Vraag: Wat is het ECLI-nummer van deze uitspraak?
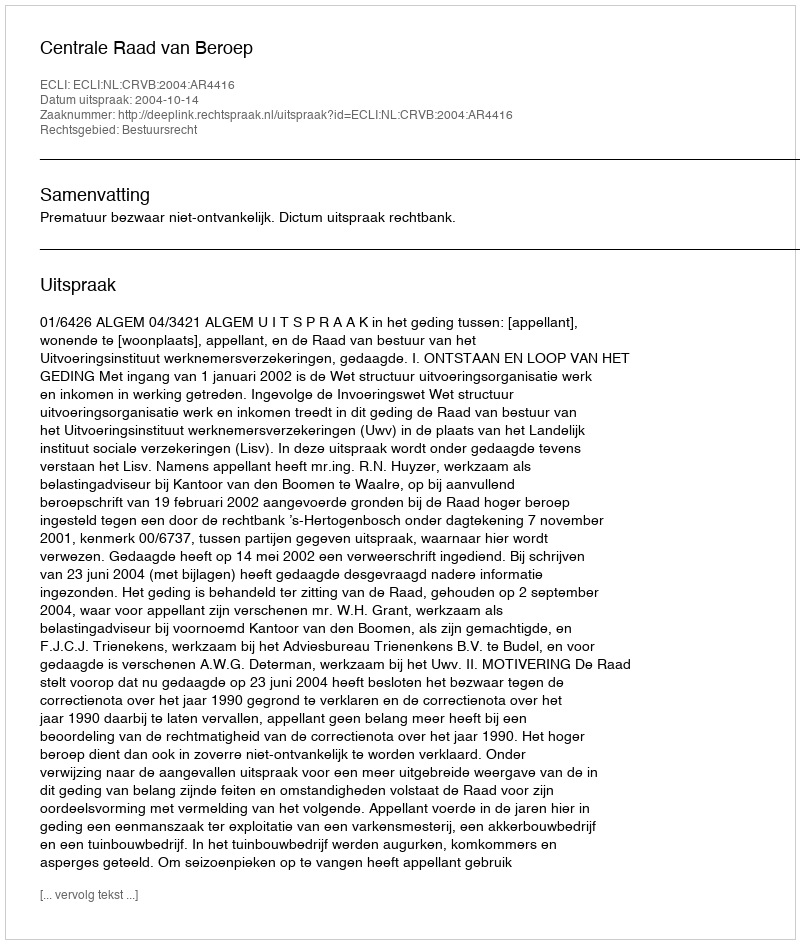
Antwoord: ECLI:NL:CRVB:2004:AR4416